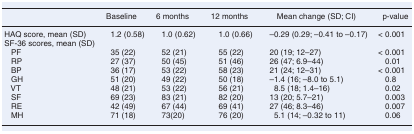
|  | Baseline | 6 months | 12 months | Mean change (SD; CI) | p-value |
 | --- | --- | --- | --- | --- | --- |
 | HAQ score, mean (SD) | 1.2 (0.58) | 1.0 (0.62) | 1.0 (0.66) | –0.29 (0.29; –0.41 to –0.17) | < 0.001 |
 | SF-36 scores, mean (SD) |  |  |  |  |  |
 | PF | 35 (22) | 52 (21) | 55 (22) | 20 (19; 12–27) | < 0.001 |
 | RP | 27 (37) | 50 (45) | 51 (46) | 26 (47; 6.9–44) | 0.01 |
 | BP | 36 (17) | 53 (22) | 58 (23) | 21 (24; 12–31) | < 0.001 |
 | GH | 51 (20) | 49 (22) | 50 (18) | –1.4 (16; –8.0 to 5.1) | 0.8 |
 | VT | 48 (21) | 53 (22) | 56 (21) | 8.5 (18; 1.4–16) | 0.02 |
 | SF | 69 (23) | 83 (21) | 82 (20) | 13 (20; 5.7–21) | 0.003 |
 | RE | 42 (49) | 67 (44) | 69 (41) | 27 (46; 8.3–46) | 0.007 |
 | MH | 71 (18) | 73(20) | 76 (20) | 5.1 (14; –0.32 to 11) | 0.06 |